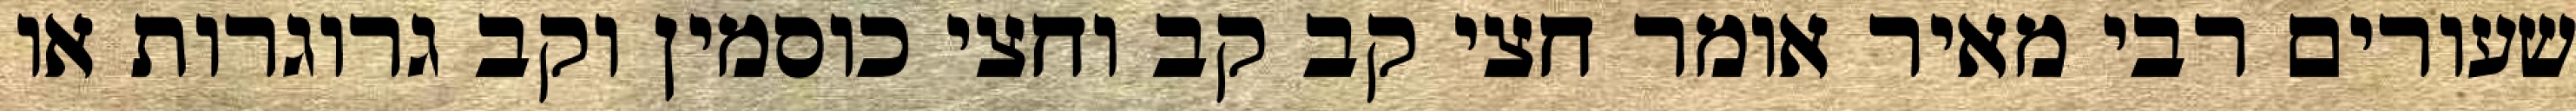
שעורים רבי מאיר אומר חצי קב קב וחצי כוסמין וקב גרוגרות או